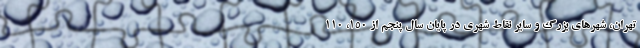
تهران، شهرهای بزرگ و سایر نقاط شهری در پایان سال پنجم از ۱۵۰، ۱۱۰